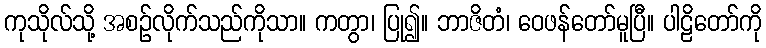
ကုသိုလ်သို့ အစဉ်လိုက်သည်ကိုသာ။ ကတွာ၊ ပြု၍။ ဘာဇိတံ၊ ဝေဖန်တော်မူပြီ။ ပါဠိတော်ကို